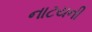
નાટયની